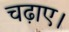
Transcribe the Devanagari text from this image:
चढ़ाए।